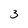
Character: 3